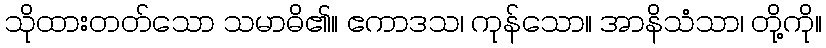
သိုထားတတ်သော သမာဓိ၏။ ဧကာဒသ၊ ကုန်သော။ အာနိသံသာ၊ တို့ကို။